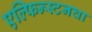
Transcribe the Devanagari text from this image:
एल्फिन्स्टनचा